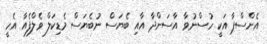
އެންސްޕާ އަކީ ހުސްނުވާ އާސަންދާ އާއި ބެޔަސް ނުބެޔަސް މެޑިކަލް ވެލްފެއާ އެހީ